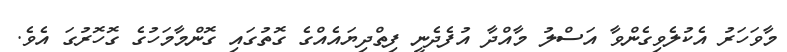
މާވަހަރު އެކުލެވިގެންވާ އަސްލު މާއްދާ އުފެދެނީ ފިތްދިޔައެއްގެ ގޮތުގައި ގޮންމާމަހުގެ ގޮހޮރުގަ އެވެ.